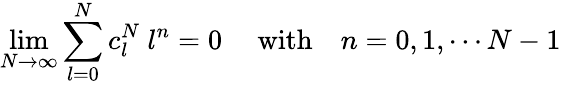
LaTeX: \operatorname*{lim}_{N\rightarrow\infty}\sum_{l=0}^{N}c_{l}^{N}\ l^{n}=0\ \quad\mathrm{with}\quad n=0,1,\cdots N-1\,